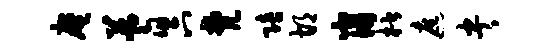
庵蓍六梵陪胡崩楷遮央